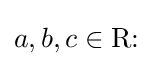
a,b,c\in \mathrm {R} {\text{:}}